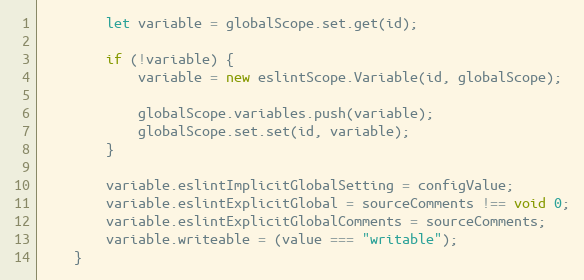
Language: JavaScript
        let variable = globalScope.set.get(id);

        if (!variable) {
            variable = new eslintScope.Variable(id, globalScope);

            globalScope.variables.push(variable);
            globalScope.set.set(id, variable);
        }

        variable.eslintImplicitGlobalSetting = configValue;
        variable.eslintExplicitGlobal = sourceComments !== void 0;
        variable.eslintExplicitGlobalComments = sourceComments;
        variable.writeable = (value === "writable");
    }